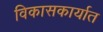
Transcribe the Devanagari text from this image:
विकासकार्यात